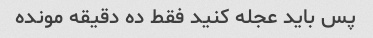
پس باید عجله کنید فقط ده دقیقه مونده